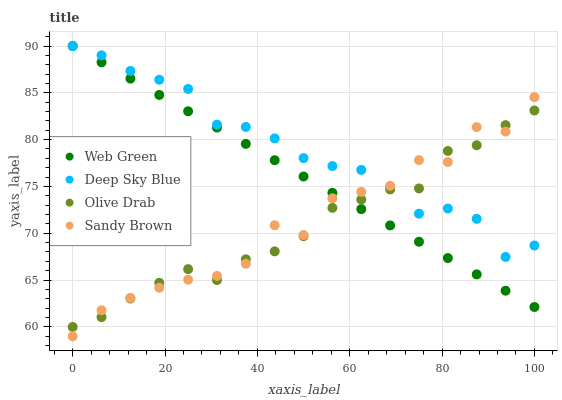
| xaxis_label | Web Green | Deep Sky Blue | Olive Drab | Sandy Brown |
 | --- | --- | --- | --- | --- |
 | 0 | 90 | 90 | 60 | 59 |
 | 6.25 | 88.3 | 89 | 61 | 61.8 |
 | 12.5 | 86.5 | 87.3 | 63 | 63.1 |
 | 18.8 | 84.8 | 86.4 | 64.7 | 64.2 |
 | 25 | 83 | 85.4 | 66.2 | 65 |
 | 31.2 | 81.3 | 81.6 | 65 | 65.4 |
 | 37.5 | 79.5 | 81.4 | 67.2 | 66.7 |
 | 43.8 | 77.8 | 80.1 | 68.1 | 70.9 |
 | 50 | 76.1 | 78 | 69.7 | 69.8 |
 | 56.2 | 74.3 | 77.2 | 72.7 | 73.7 |
 | 62.5 | 72.6 | 76.8 | 73.6 | 74.4 |
 | 68.8 | 70.8 | 75 | 74.7 | 75.1 |
 | 75 | 69.1 | 72.1 | 74.8 | 77.8 |
 | 81.2 | 67.4 | 72.6 | 78.8 | 77.6 |
 | 87.5 | 65.6 | 71.5 | 79.4 | 81.3 |
 | 93.8 | 63.9 | 67.5 | 81.5 | 80.9 |
 | 100 | 62.1 | 68.7 | 83.1 | 84.5 |